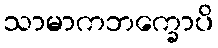
သာမာကဘက္ခောပိ